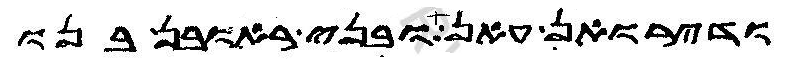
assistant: ודירואן עאן ובני ראובן בנו